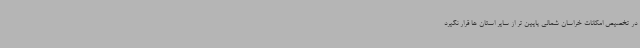
در تخصیص امکانات خراسان شمالی پایین تر از سایر استان ها قرار نگیرد